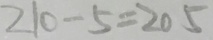
2 1 0 - 5 = 2 0 5